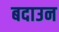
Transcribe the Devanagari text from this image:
बदाउन